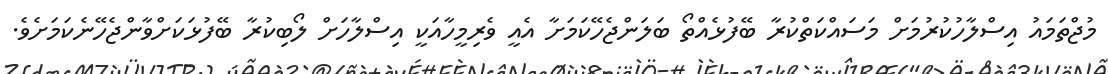
މުޖްތަމައު އިސްލާހުކުރުމަށް މަސައްކަތްކުރާ ބޭފުޅެއްތޯ ބަލަންޖެހޭކަމަށާ އެއީ ވެރިމީހާއަކީ އިސްލާހަށް ލޯބިކުރާ ބޭފުޅަކަށްވާންޖެހޭނެކަމަށެވެ.